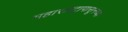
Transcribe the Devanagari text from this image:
महाराष्ट्रापासूनच्या